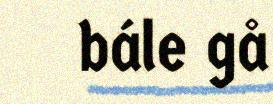
bále gå